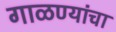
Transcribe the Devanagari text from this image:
गाळण्यांचा